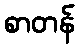
စာတန်